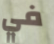
في